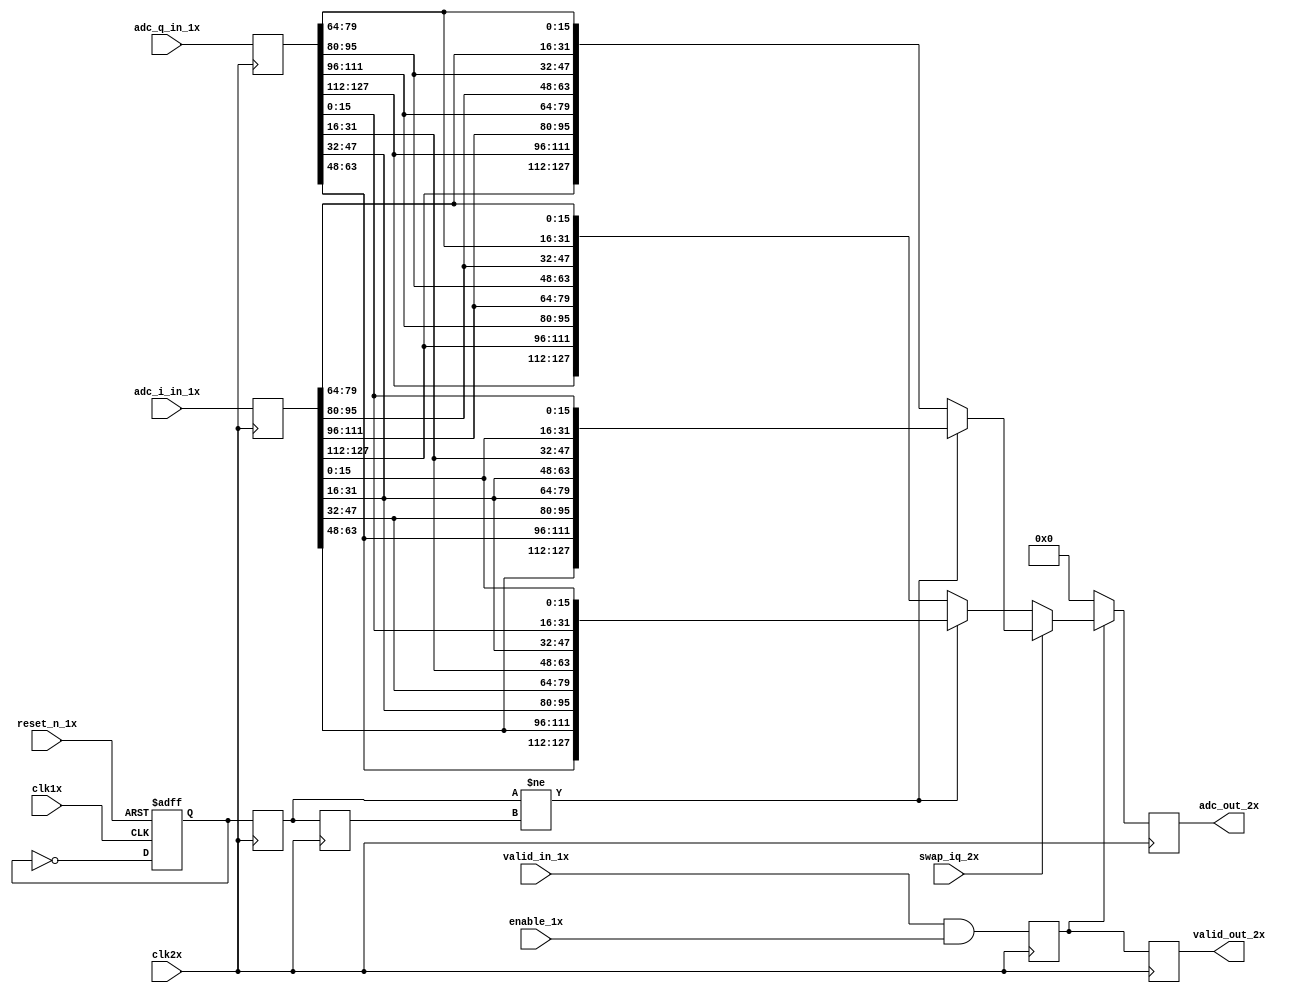
//
// Copyright 2021 Ettus Research, a National Instruments Brand
//
// SPDX-License-Identifier: LGPL-3.0-or-later
//
// Module: adc_gearbox_8x4
//
// Description:
//
//   Gearbox ADC data from 8 SPC to 4 SPC and corresponding 2x clock to 1x
//   clock. Also implement data swapping to format packets to fit the FIR
//   filter input requirements.
//
//   This modules incurs one clk1x cycle of delay on the data and valid signals
//   from input on the 1x domain to output on the 2x domain.
//

`default_nettype none

module adc_gearbox_8x4 (
  input  wire         clk1x,
  input  wire         reset_n_1x,
  // Data is _presumed_ to be packed [Sample7, ..., Sample0] (Sample0 in LSBs).
  input  wire [127:0] adc_q_in_1x,
  input  wire [127:0] adc_i_in_1x,
  input  wire         valid_in_1x,
  // De-assert enable_1x to clear the data valid output synchronously.
  input  wire         enable_1x,

  input  wire         clk2x,
  // Data is packed [Q3,I3, ... , Q0, I0] (I in LSBs) when swap_iq_1x is '0'
  input  wire         swap_iq_2x,
  output wire [127:0] adc_out_2x,
  output wire         valid_out_2x
);

  // Re-create the 1x clock in the 2x domain to produce a deterministic
  // crossing.
  reg toggle_1x, toggle_2x = 1'b0, toggle_2x_dly = 1'b0, valid_2x = 1'b0, valid_dly_2x = 1'b0;
  reg [127:0] data_out_2x = 128'b0, adc_q_data_in_2x = 128'b0, adc_i_data_in_2x = 128'b0;

  // Create a toggle in the 1x clock domain (clock divider /2).
  always @(posedge clk1x or negedge reset_n_1x) begin
    if ( ! reset_n_1x) begin
      toggle_1x <= 1'b0;
    end else begin
      toggle_1x <= ! toggle_1x;
    end
  end

  // Transfer the toggle from the 1x to the 2x domain. Delay the toggle in the
  // 2x domain by one cycle and compare it to the non-delayed version. When
  // they differ, push data_in[63:0] onto the output. When the match, push
  // [127:64] onto the output. The datasheet is unclear on the exact
  // implementation.
  //
  // It is safe to not reset this domain because all of the input signals will
  // be cleared by the 1x reset. Safe default values are assigned to all these
  // registers.
  always @(posedge clk2x) begin
    toggle_2x     <= toggle_1x;
    toggle_2x_dly <= toggle_2x;
    adc_q_data_in_2x <= adc_q_in_1x;
    adc_i_data_in_2x <= adc_i_in_1x;
    data_out_2x <= 128'b0;
    // Place Q in the MSBs, I in the LSBs by default, unless swapped = 1.
    if (valid_2x) begin
      if (swap_iq_2x) begin
        if (toggle_2x != toggle_2x_dly) begin
          data_out_2x <= {adc_i_data_in_2x[63:48], adc_q_data_in_2x[63:48],
                          adc_i_data_in_2x[47:32], adc_q_data_in_2x[47:32],
                          adc_i_data_in_2x[31:16], adc_q_data_in_2x[31:16],
                          adc_i_data_in_2x[15: 0], adc_q_data_in_2x[15: 0]};
        end else begin
          data_out_2x <= {adc_i_data_in_2x[127:112], adc_q_data_in_2x[127:112],
                          adc_i_data_in_2x[111: 96], adc_q_data_in_2x[111: 96],
                          adc_i_data_in_2x[95 : 80], adc_q_data_in_2x[95 : 80],
                          adc_i_data_in_2x[79 : 64], adc_q_data_in_2x[79 : 64]};
        end
      end else begin
        if (toggle_2x != toggle_2x_dly) begin
          data_out_2x <= {adc_q_data_in_2x[63:48], adc_i_data_in_2x[63:48],
                          adc_q_data_in_2x[47:32], adc_i_data_in_2x[47:32],
                          adc_q_data_in_2x[31:16], adc_i_data_in_2x[31:16],
                          adc_q_data_in_2x[15: 0], adc_i_data_in_2x[15: 0]};
        end else begin
          data_out_2x <= {adc_q_data_in_2x[127:112], adc_i_data_in_2x[127:112],
                          adc_q_data_in_2x[111: 96], adc_i_data_in_2x[111: 96],
                          adc_q_data_in_2x[95 : 80], adc_i_data_in_2x[95 : 80],
                          adc_q_data_in_2x[79 : 64], adc_i_data_in_2x[79 : 64]};
        end
      end
    end
    // Valid is simply a transferred version of the 1x clock's valid. Delay it one
    // more cycle to align outputs.
    valid_2x     <= valid_in_1x && enable_1x;
    valid_dly_2x <= valid_2x;
  end

  assign adc_out_2x   = data_out_2x;
  assign valid_out_2x = valid_dly_2x;

endmodule

`default_nettype wire